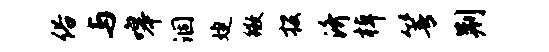
俗与嗥涸婕徽投济棹箐荆